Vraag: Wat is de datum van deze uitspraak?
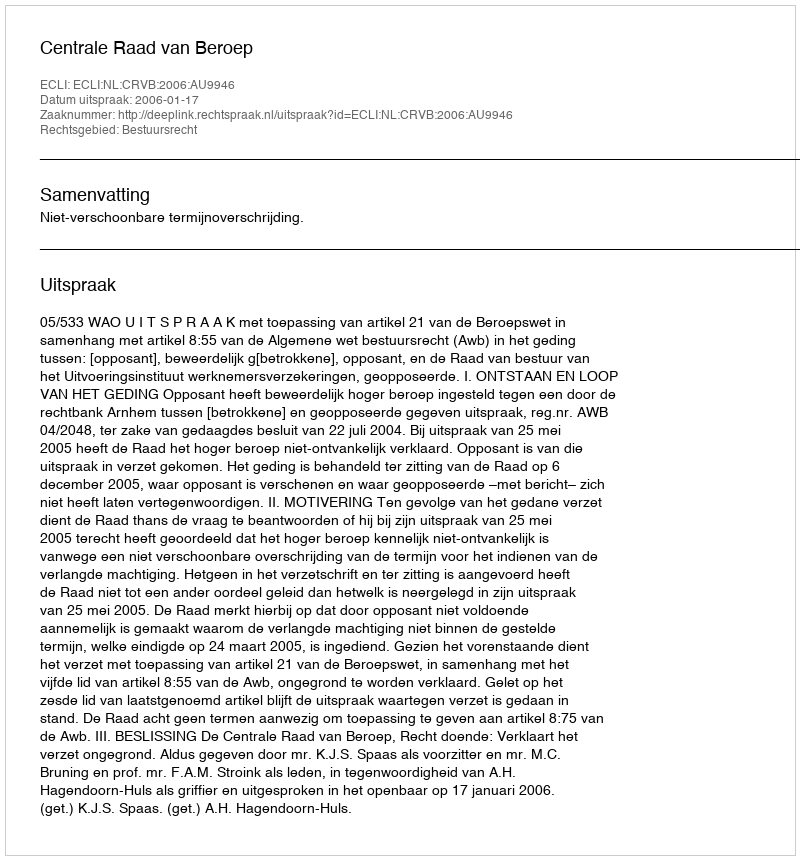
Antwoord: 2006-01-17